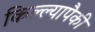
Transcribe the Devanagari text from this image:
किल्ल्यापैकी